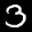
Label: 3